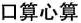
口算心算